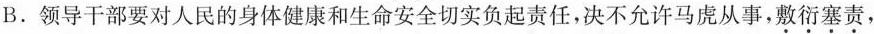
。B.领导干部要对人民的身体健康和生命安全切实负起责任，决不允许马虎从事，\underset{·}{敷} \underset{·}{衍} \underset{·}{塞} \underset{·}{责} ，